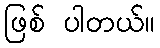
ဖြစ် ပါတယ်။